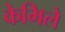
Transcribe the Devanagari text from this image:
केमिले